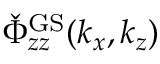
\check { \Phi } _ { z z } ^ { \mathrm { G S } } ( k _ { x } , k _ { z } )